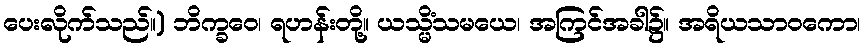
ပေးလိုက်သည်။) ဘိက္ခဝေ၊ ရဟန်းတို့။ ယသ္မိံသမယေ၊ အကြင်အခါ၌။ အရိယသာဝကော၊